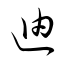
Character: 迪